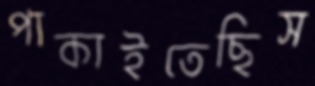
পাকাইতেছিস